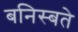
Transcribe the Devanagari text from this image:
बनिस्बते